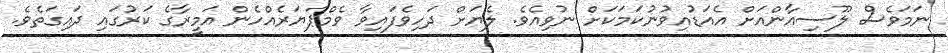
ނަމަވެސް ލޫސިއާންއަށް އެއަޑުއިވުނުކަމަކަށް ނުވިއެވެ. ލެޔަށް ދަހިވެފައިވާ ވެމްޕަޔަރެއްހެން އަމީރާގެ ކަރުގައި ދައިގަތެވެ.